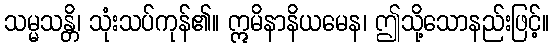
သမ္မသန္တိ၊ သုံးသပ်ကုန်၏။ ဣမိနာနိယမေန၊ ဤသို့သောနည်းဖြင့်။